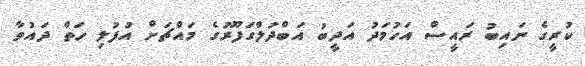
ކުރީގެ ނައިބު ރައީސް އަހުމަދު އަދީބު އަބްދުލްގަފޫރުގެ މައްޗަށް އުފުލި ހަތް ދައުވާ